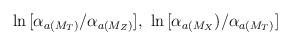
LaTeX: \begin{align*}\ln\,[\alpha_{a(M_T)}/\alpha_{a(M_Z)}], \,\,\ln\,[\alpha_{a(M_X})/\alpha_{a(M_T)}]\end{align*}